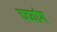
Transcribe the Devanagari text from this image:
चच्यांग